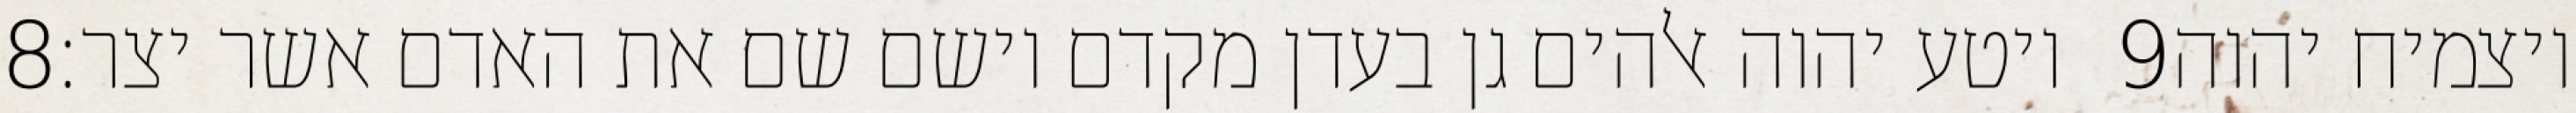
‎8‏ ויטע יהוה אלהים גן בעדן מקדם וישם שם את האדם אשר יצר׃ ‎9‏ ויצמיח יהוה